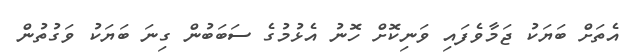
އެތަށް ބަޔަކު ޖަމާވެފައި ވަނިކޮށް ހޮނު އެޅުމުގެ ސަބަބުން ގިނަ ބަޔަކު ވަގުތުން